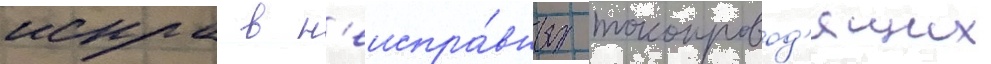
искра в н'еиспра́вных токопровод'ящих